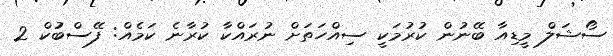
ސޯޝަލް މީޑިއާ ބޭނުން ކުރުމަކީ ސިއްހަތަށް ނުރައްކާ ކުރާނެ ކަމެއް: ފޭސްބުުކް 2